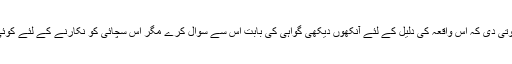
پولس رسول نے لوگوں کو چنوتی دی کہ اس واقعہ کی دلیل کے لئے آنکھوں دیکھی گواہی کی بابت اس سے سوال کرے مگر اس سچائی کو نکارنے کے لئے کوئی بھی شخص موجود نہیں تھا۔